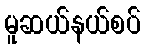
မူဆယ်နယ်စပ်